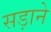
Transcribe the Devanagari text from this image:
सड़ाने